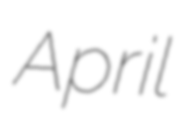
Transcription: April